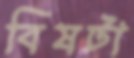
বিষটা